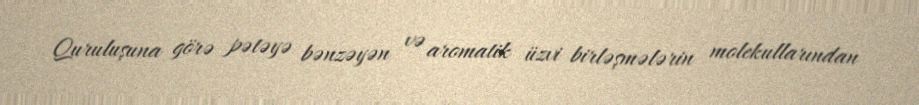
Quruluşuna görə pətəyə bənzəyən və aromatik üzvi birləşmələrin molekullarından